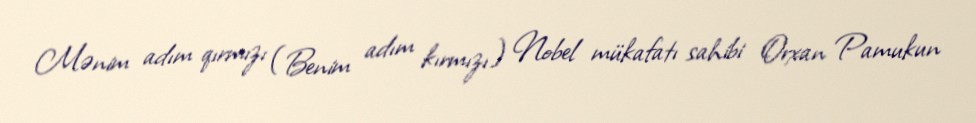
Mənim adım qırmızı (Benim adım kırmızı) Nobel mükafatı sahibi Orxan Pamukun